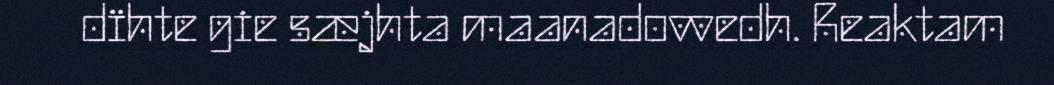
dïhte gie sæjhta maanadovvedh. Reaktam